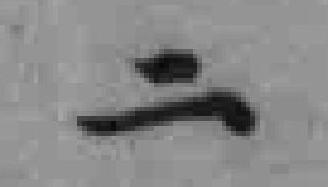
二